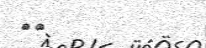
٥١